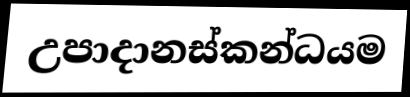
උපාදානස්කන්ධයම